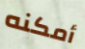
أمكنه